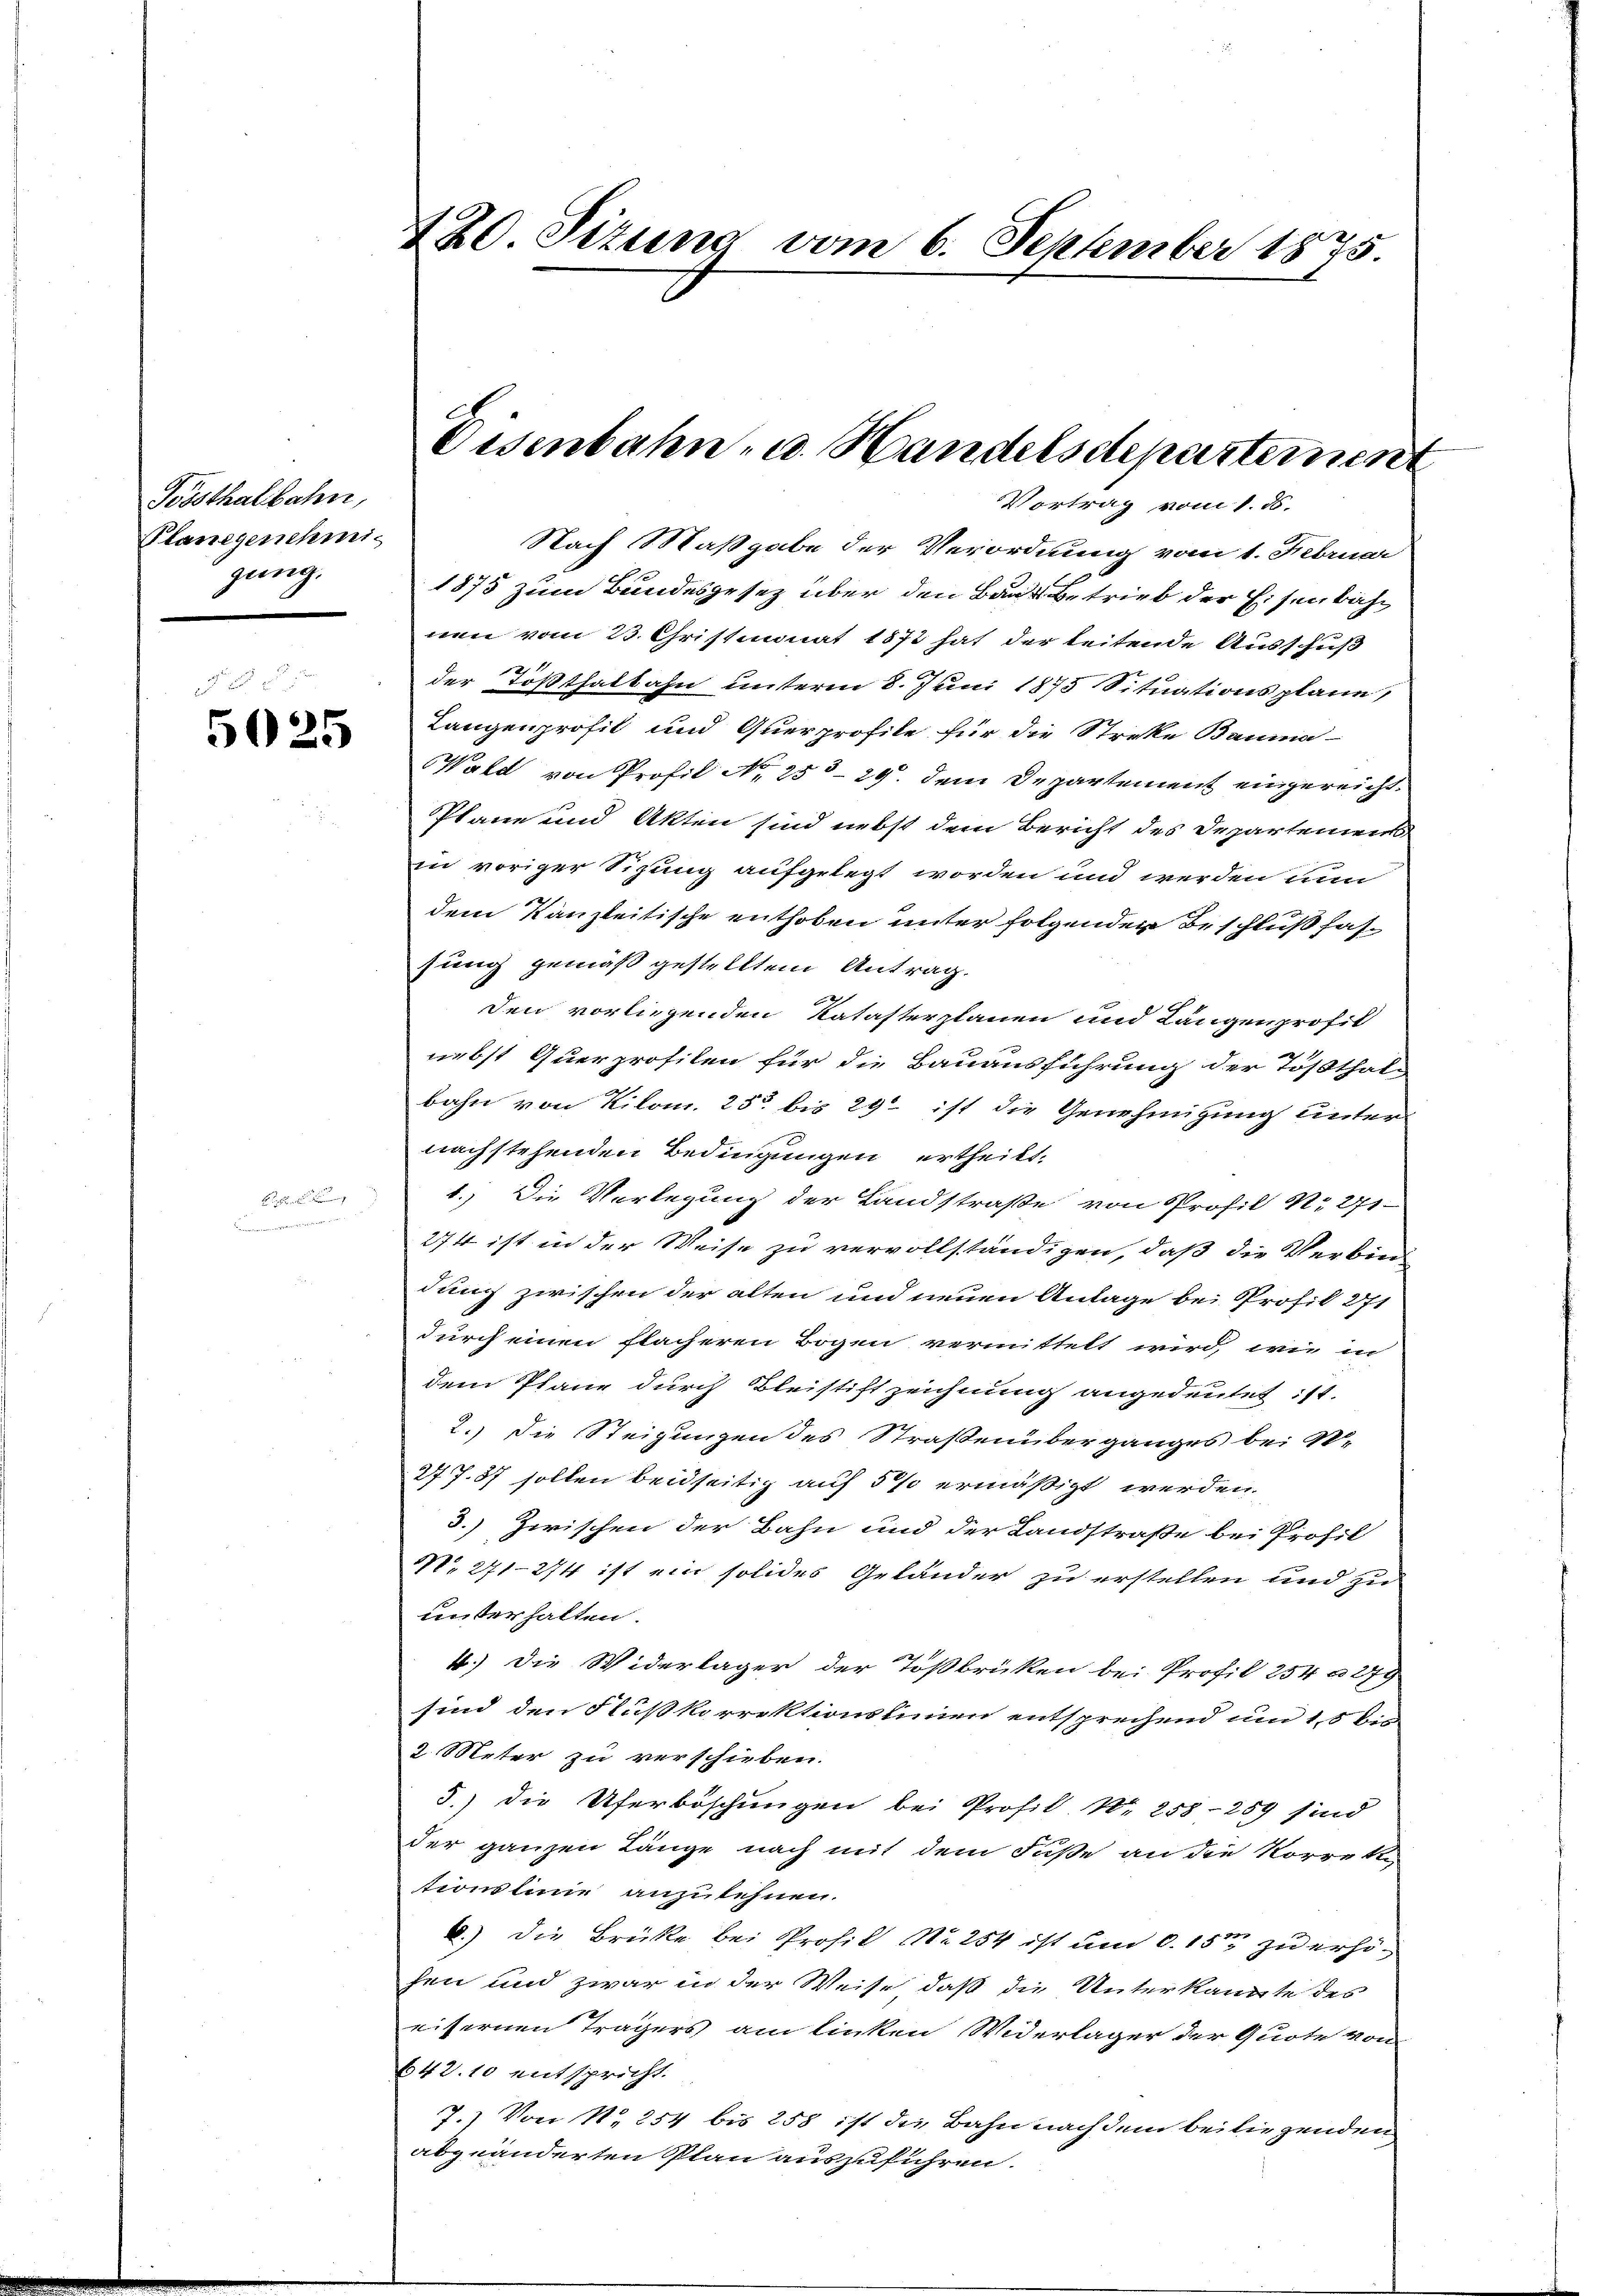
Tösthalbahn,
Planegenehmi-
gung.

5025

E
omenten in

420. Sizung vom 6. September 1875.

Eisenbahn- u. Handelsdepartemen
Vortrag vom 1. ds.

Nach Maßgabe der Verordnung vom 1. Februar
1875 zum Bundesgesetz über den Baue Betrieb der Eisenbah
nen vom 23. Christmonat 1872 hat der leitende Ausschuß
21
der Tößthalbahn unterm 8. Juni 1875 Situationsplane
Langenprofit und Querprofile für die Streke Bauma-
Wald von Profil No 253-29. dem Departement eingereicht.
Plane und Akten sind nebst dem Bericht des Departements
in voriger Sizung aufgelegt worden und werden nun
dem Kanzleitische enthoben unter folgenden Beschluß fas
sung gemäß gestelltem Antrag.
den vorliegenden Katasterplanen und Längenprofil
nebst Querprofilen für die Bauausführung der Tößthal-
bahn von Kilom. 23 bis 29 ist die Genehmigung unter
nachstehenden Bedingungen ertheilt.
1.) Die Vorlegung der Landstraße von Profil N. 271.
274 ist in der Weise zu vervollständigen, daß die Verbindung zwischen der alten und neuen Anlage bei Profil 271
durch einen flächeren Bogen vermittelt wird, wie in
dem Plane durch Bleistift zeichnung angedeutet ist.
2.) Die Steigungen des Straßenüberganges bei R.
277. 87 sollen beidseitig auf 5% ermäßigt werden.
3.) Zwischen der Bahn und der Landstraße bei Profil
No 271—274 ist ein solides Geländer zu erstellen und zu
unterhalten.
4.) Die Widerlager der Tößbrüken bei Profil 254 a 279
sind den Flußkorrektionslinien entsprechend um 15 bis
2 Meter zu verschieben.
5.) Die Uferböschungen bei Profil Nr. 258-259 sind
der ganzen Länge nach mit dem Fuße an die Korrekt
tionsleine anzulehnen.
6.) Die Brücke bei Profil No 254 ist um d. 15ten zu erhöhen und zwar in der Weise, daß die Unterkannte des
eisernen Trägers am linken Widerlager der Quote von
642. 10 entspricht.
7.) Von N. 254 bis 258 ist die Bahn nach dem bei liegenden
abgeänderten Plan auszuführen.